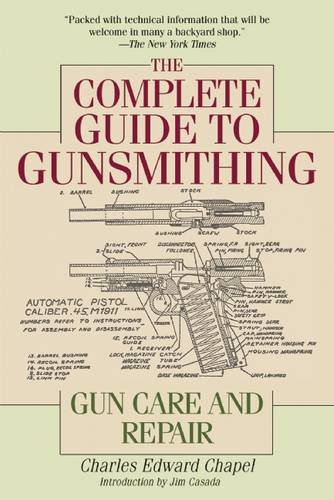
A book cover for The Complete Guide to Gunsmithing: Gun Care and Repair; Charles Edward Chapel; Crafts, Hobbies & Home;